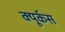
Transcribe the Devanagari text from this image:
क्यूर्कस